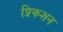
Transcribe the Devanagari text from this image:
प्रिकशन